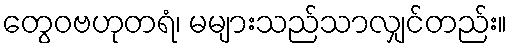
တွေဝဗဟုတရံ၊ မများသည်သာလျှင်တည်း။